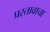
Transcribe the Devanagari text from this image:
प्रस्तावाचा